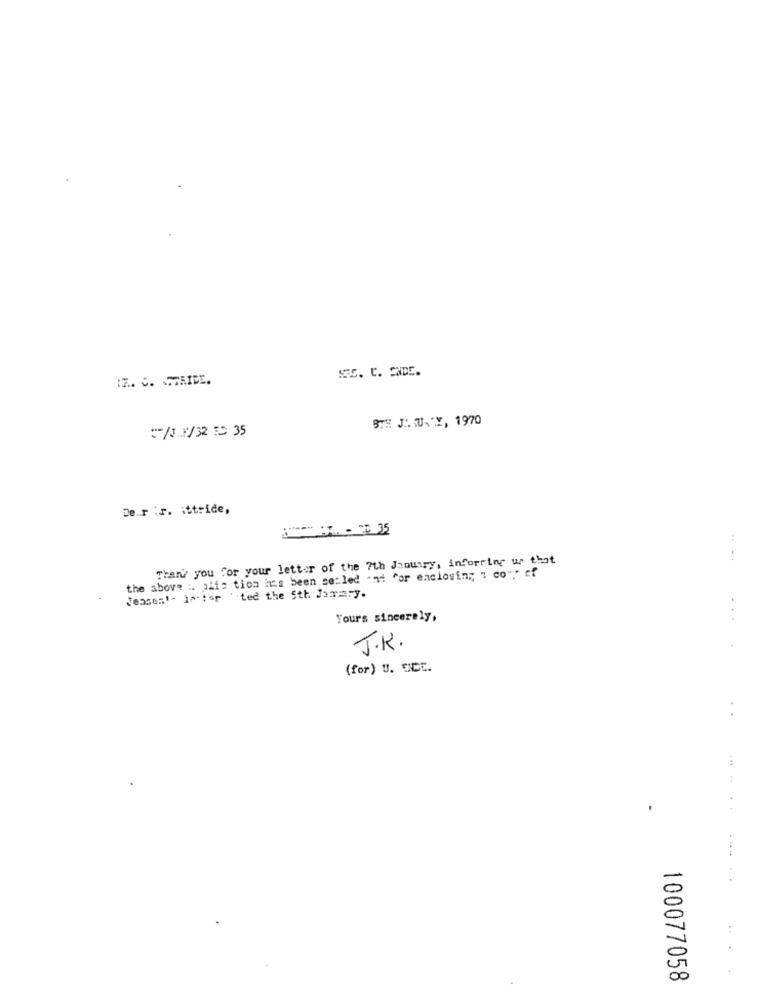
IZ. C. STRIDE.
5TH J. U. "Y, 1970
=/3 3/32 3 35
De.r :r. ittrice,
Thank you for your letter of the 7th January, informing us that
....
the above i. plic tion has been se:led 'nd "or enclosing; " co""" cf
Jeasest- Istor ted the 5th Jarsy.
Yours sincerely,
J.K.
(for) U. CICE.
.
.
.....
100077058